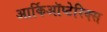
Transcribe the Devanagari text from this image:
आर्किऑप्टेरिक्स